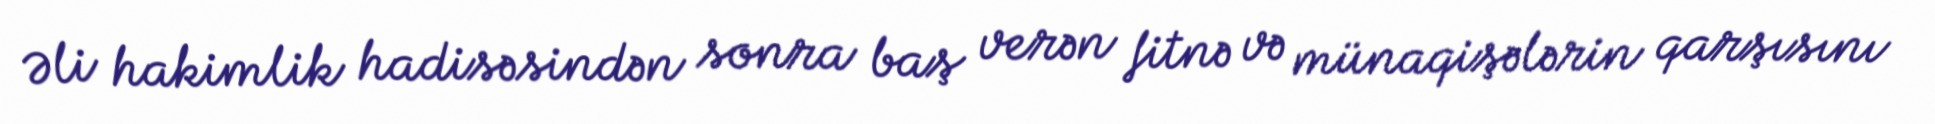
Əli hakimlik hadisəsindən sonra baş verən fitnə və münaqişələrin qarşısını